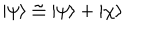
| \psi \rangle \cong | \psi \rangle + | \chi \rangle